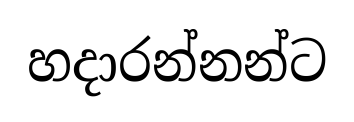
හදාරන්නන්ට